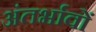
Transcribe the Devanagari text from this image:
अंतर्भावों